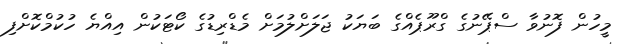
މީހުން ފޮނުވާ ސްޕޭނުގެ ގްރޫޕެއްގެ ބަޔަކު ޖަލަށްލުމަށް މެޑްރިޑުގެ ކޯޓަކުން އިއްޔެ ހުކުމްކޮށްފި